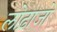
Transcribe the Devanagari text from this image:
लोढ़ाजो